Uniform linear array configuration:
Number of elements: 48
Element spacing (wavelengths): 0.25
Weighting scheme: hamming
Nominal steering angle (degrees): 15
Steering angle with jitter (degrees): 13.722
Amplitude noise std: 0.05
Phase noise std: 0.05

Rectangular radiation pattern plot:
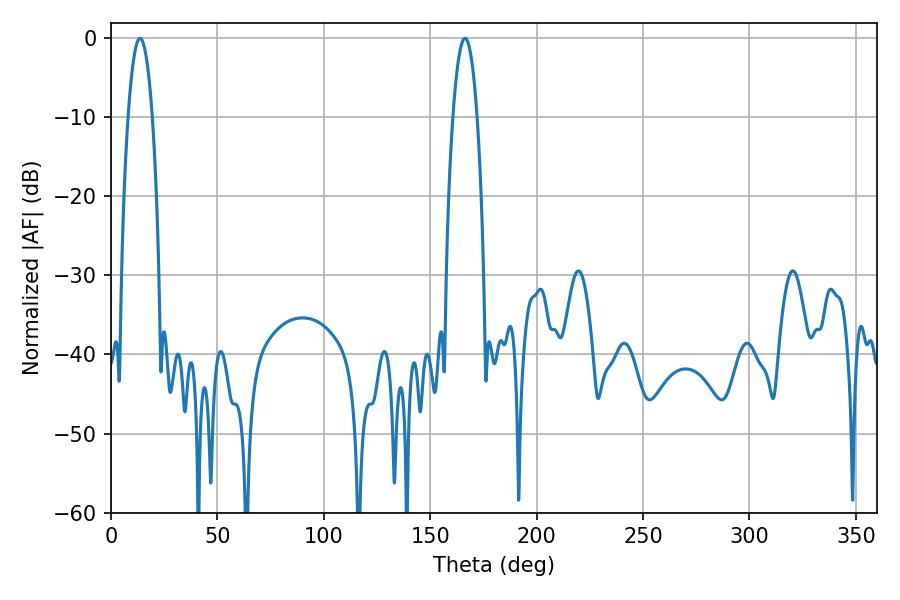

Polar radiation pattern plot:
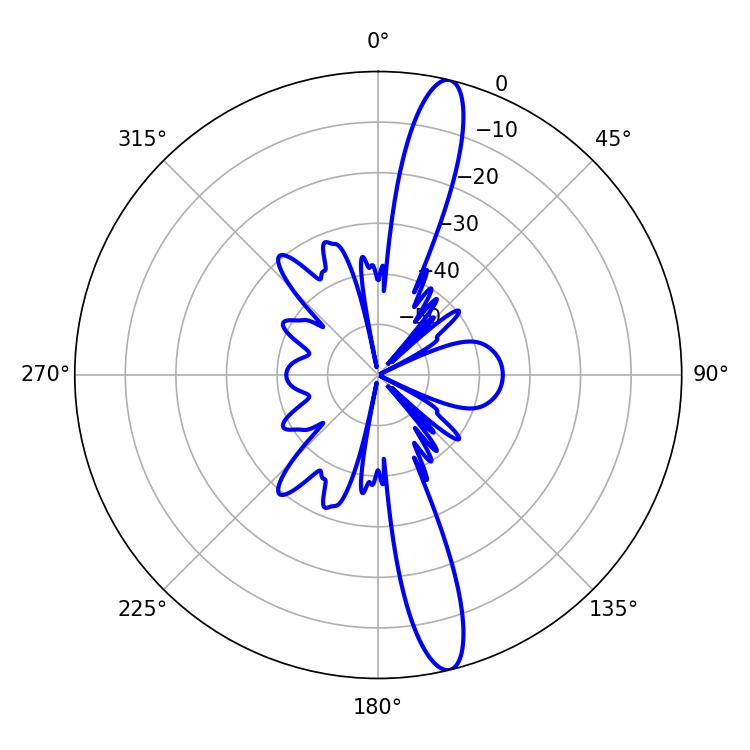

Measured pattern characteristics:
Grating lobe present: FALSE
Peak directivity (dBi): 15.557
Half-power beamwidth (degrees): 6.3
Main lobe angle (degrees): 166.32